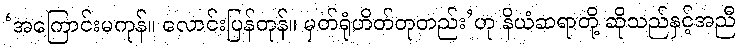
‘အကြောင်းမကုန်။ လောင်းပြန်တုန်။ မှတ်ရုံဟိတ်တုတည်း’ဟု နိယံဆရာတို့ ဆိုသည်နှင့်အညီ